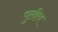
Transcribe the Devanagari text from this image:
पुलीय